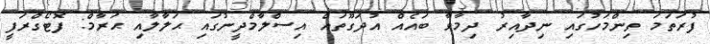
ފުރަތަމަ ތިންމަހުގައި ނިދާއިރު ދިމާވާ ބައެއް އުދަގޫތައް އިސްލާމްދީނުގައި ޙަލާލާއި ޙަރާމް: ފޮޓޯގްރަފީ